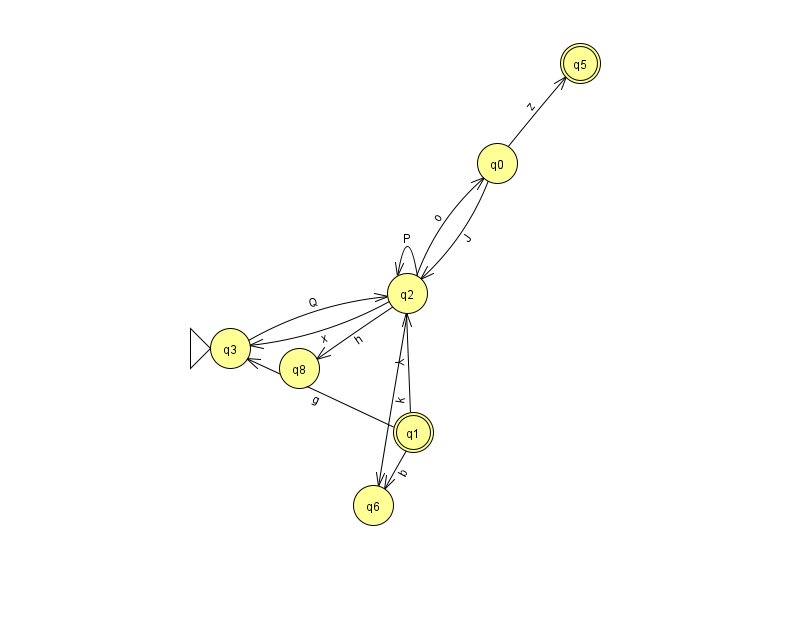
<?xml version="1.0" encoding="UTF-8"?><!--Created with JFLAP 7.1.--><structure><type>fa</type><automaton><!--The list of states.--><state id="0" name="q0"><x>497.0</x><y>150.0</y></state><state id="1" name="q1"><x>413.0</x><y>419.0</y><final/></state><state id="2" name="q2"><x>407.0</x><y>280.0</y></state><state id="3" name="q3"><x>230.0</x><y>335.0</y><initial/></state><state id="5" name="q5"><x>580.0</x><y>50.0</y><final/></state><state id="6" name="q6"><x>373.0</x><y>492.0</y></state><state id="8" name="q8"><x>299.0</x><y>355.0</y></state><!--The list of transitions.--><transition><from>0</from><to>2</to><read>J</read></transition><transition><from>2</from><to>2</to><read>P</read></transition><transition><from>1</from><to>6</to><read>b</read></transition><transition><from>2</from><to>8</to><read>h</read></transition><transition><from>2</from><to>0</to><read>o</read></transition><transition><from>2</from><to>3</to><read>x</read></transition><transition><from>1</from><to>2</to><read>Y</read></transition><transition><from>2</from><to>6</to><read>k</read></transition><transition><from>1</from><to>3</to><read>g</read></transition><transition><from>0</from><to>5</to><read>z</read></transition><transition><from>3</from><to>2</to><read>Q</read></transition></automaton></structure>